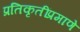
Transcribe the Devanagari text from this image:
प्रतिकृतींप्रमाणे